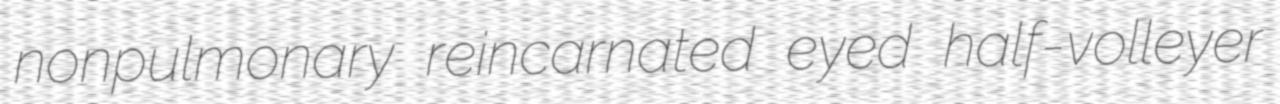
nonpulmonary reincarnated eyed half-volleyer